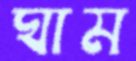
ঘাম